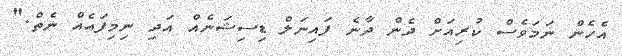
އެހެން ނަމަވެސް ކުރިއަށް ދެން ދާނެ ފައިނަލް ޑިސިޝަނެއް އަދި ނިމިފައެއް ނެތް."